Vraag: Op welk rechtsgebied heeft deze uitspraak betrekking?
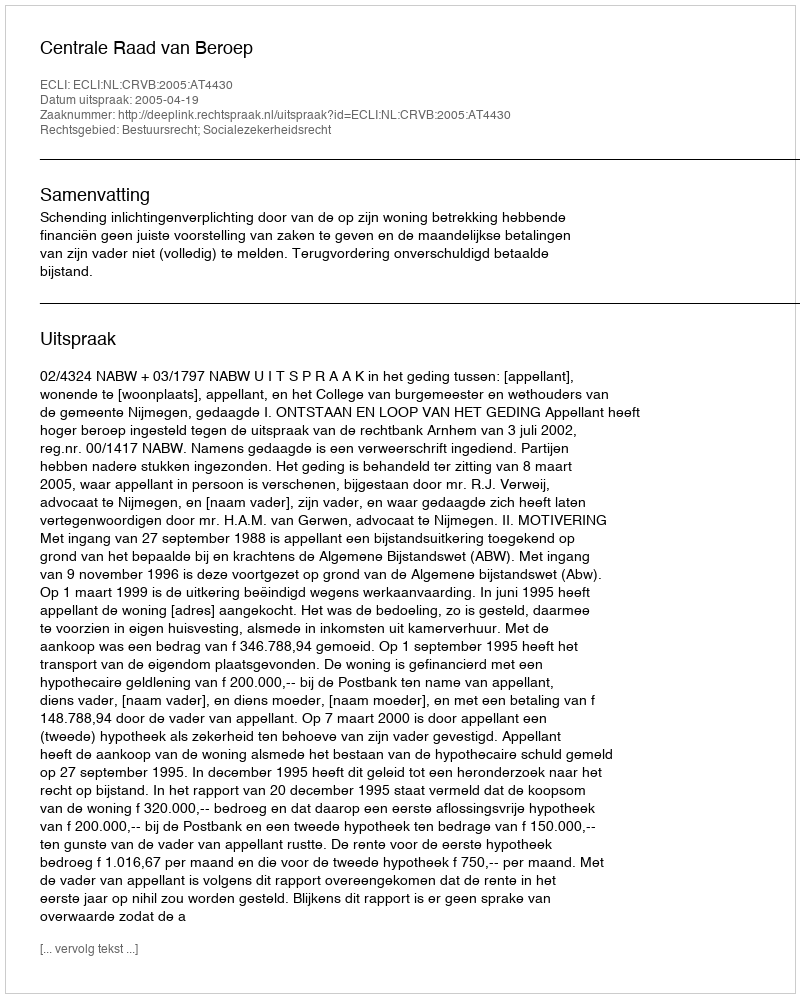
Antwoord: Bestuursrecht; Socialezekerheidsrecht